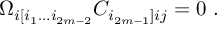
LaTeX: \Omega _ { i [ i _ { 1 } \dots i _ { 2 m - 2 } } C _ { i _ { 2 m - 1 } ] i j } = 0 \ .